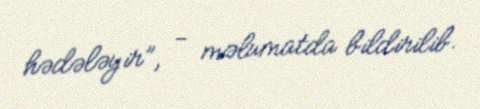
hədələyir”, - məlumatda bildirilib.